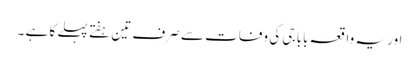
اور یہ واقعہ بابا جی کی وفات سے صرف تین ہفتے پہلے کا ہے ۔